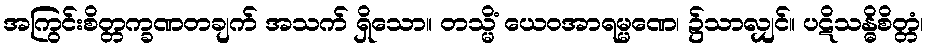
အကြွင်းစိတ္တက္ခဏတချက် အသက် ရှိသော။ တသ္မိံ ယေဝအာရမ္မဏေ၊ ၌သာလျှင်။ ပဋိသန္ဓိစိတ္တံ၊